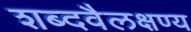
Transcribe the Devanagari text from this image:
शब्दवैलक्षण्य